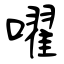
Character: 嚁